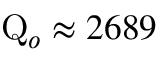
\mathrm { Q } _ { o } \approx 2 6 8 9